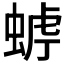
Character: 𧌧